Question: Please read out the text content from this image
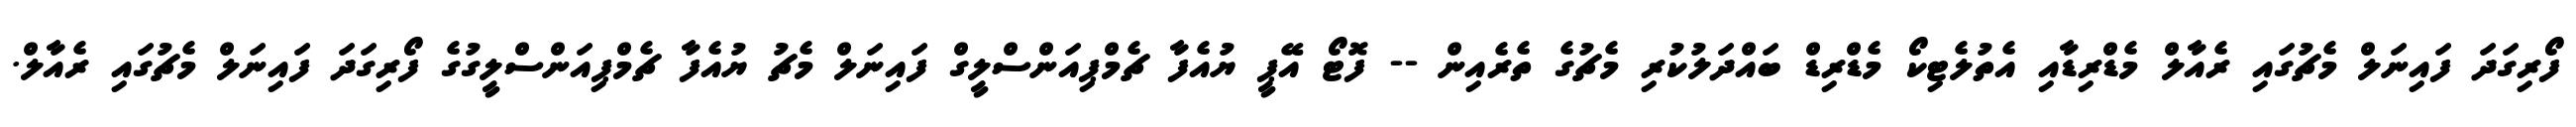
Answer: ފޯރިގަދަ ފައިނަލް މެޗުގައި ރެއާލް މެޑްރިޑާއި އެތުލެޓިކޯ މެޑްރިޑް ބައްދަލުކުރި މެޗުގެ ތެރެއިން -- ފޮޓޯ އޭޕީ ޔުއެފާ ޗެމްޕިއަންސްލީގް ފައިނަލް މެޗު ޔުއެފާ ޗެމްޕިއަންސްލީގުގެ ފޯރިގަދަ ފައިނަލް މެޗުގައި ރެއާލް.